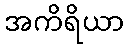
အကိရိယာ